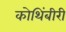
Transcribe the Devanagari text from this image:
कोथिंबीरी